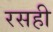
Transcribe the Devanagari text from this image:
रसही